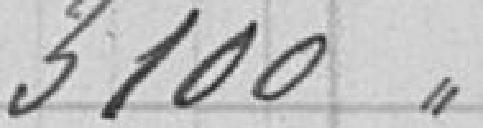
3100